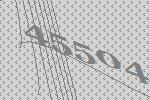
45504